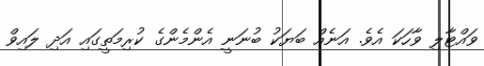
ވައްޓާލި ވާހަކަ އެވެ. އަނެއް ބަޔަކު ބުނަނީ އެންމެންގެ ކުރިމަތީގައި އަދި ލައިވް